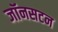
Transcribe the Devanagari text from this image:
जॉनसटन